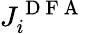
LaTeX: J_{i}^{\mathrm{~D~F~A~}}